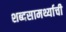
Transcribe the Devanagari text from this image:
शब्दसामर्थ्याची